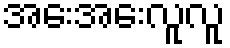
အေးအေးလူလူ